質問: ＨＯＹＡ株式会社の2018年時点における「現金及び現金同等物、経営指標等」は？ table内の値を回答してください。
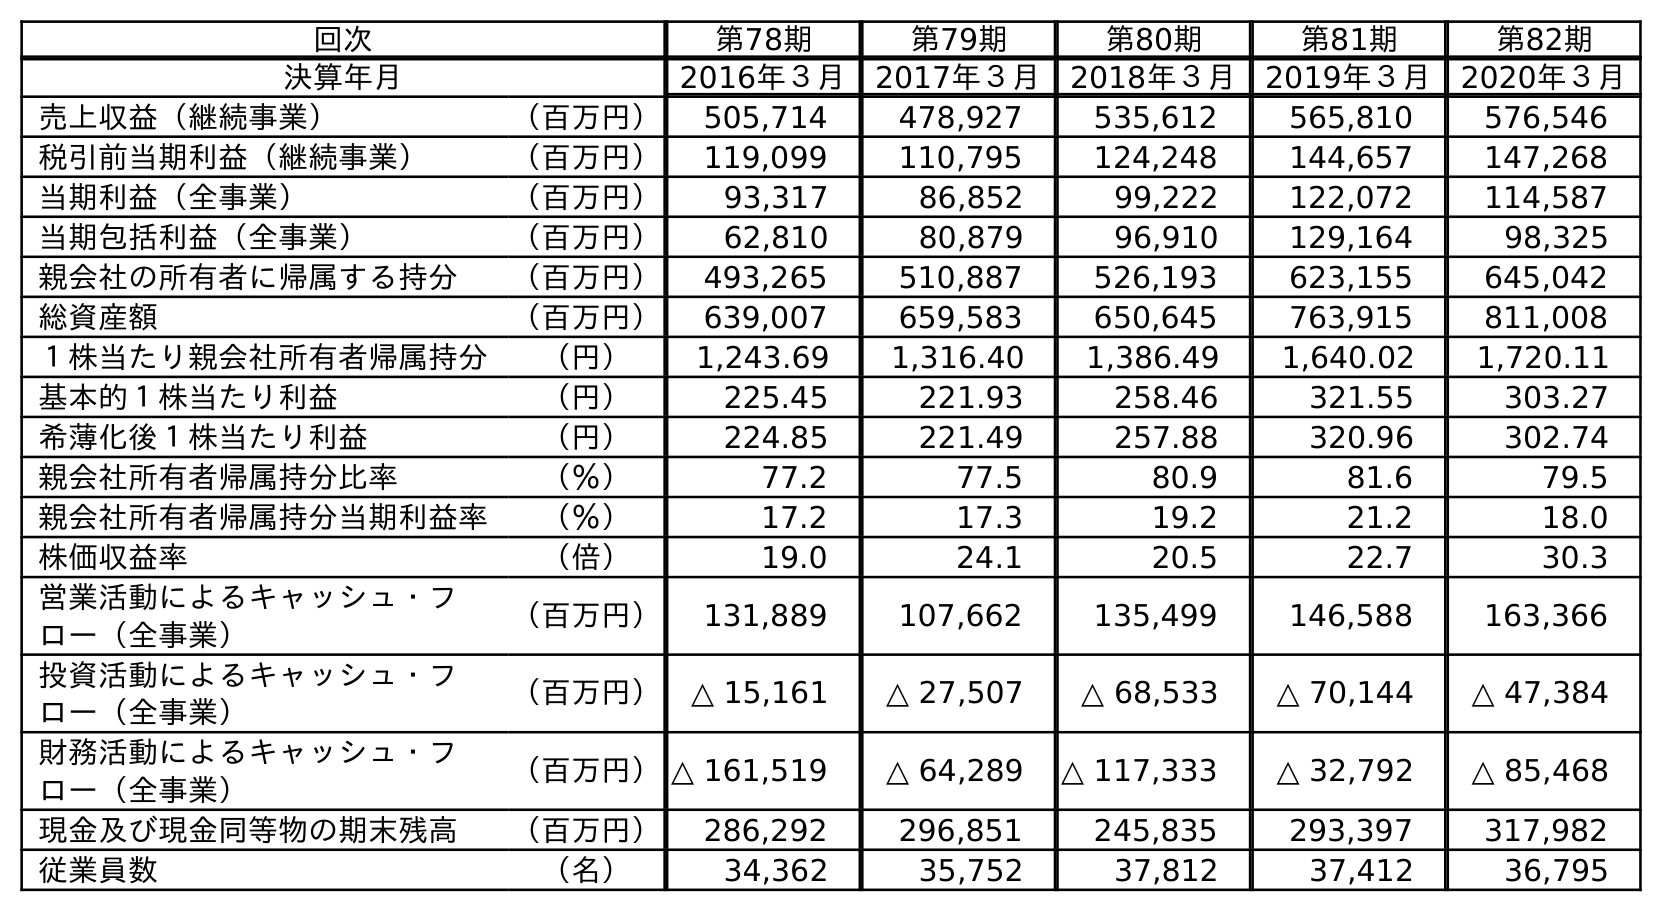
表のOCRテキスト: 回次 第78期 第79期 第80期 第81期 第82期 決算年月 2016年３月 2017年３月 2018年３月 2019年３月 2020年３月 売上収益（継続事業） （百万円） 505,714 478,927 535,612 565,810 576,546 税引前当期利益（継続事業） （百万円） 119,099 110,795 124,248 144,657 147,268 当期利益（全事業） （百万円） 93,317 86,852 99,222 122,072 114,587 当期包括利益（全事業） （百万円） 62,810 80,879 96,910 129,164 98,325 親会社の所有者に帰属する持分 （百万円） 493,265 510,887 526,193 623,155 645,042 総資産額 （百万円） 639,007 659,583 650,645 763,915 811,008 １株当たり親会社所有者帰属持分 （円） 1,243.69 1,316.40 1,386.49 1,640.02 1,720.11 基本的１株当たり利益 （円） 225.45 221.93 258.46 321.55 303.27 希薄化後１株当たり利益 （円） 224.85 221.49 257.88 320.96 302.74 親会社所有者帰属持分比率 （％） 77.2 77.5 80.9 81.6 79.5 親会社所有者帰属持分当期利益率 （％） 17.2 17.3 19.2 21.2 18.0 株価収益率 （倍） 19.0 24.1 20.5 22.7 30.3 営業活動によるキャッシュ・フ ロー（全事業） （百万円） 131,889 107,662 135,499 146,588 163,366 投資活動によるキャッシュ・フ ロー（全事業） （百万円） △ 15,161 △ 27,507 △ 68,533 △ 70,144 △ 47,384 財務活動によるキャッシュ・フ ロー（全事業） （百万円）△ 161,519 △ 64,289 △ 117,333 △ 32,792 △ 85,468 現金及び現金同等物の期末残高 （百万円） 286,292 296,851 245,835 293,397 317,982 従業員数 （名） 34,362 35,752 37,812 37,412 36,795
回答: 245,835